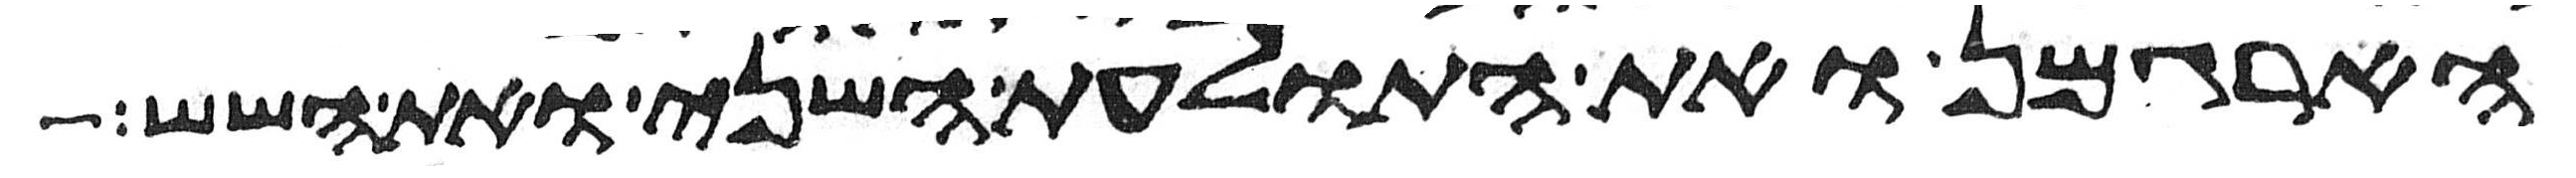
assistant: הארגמן ואת התולעת השני ואת השש